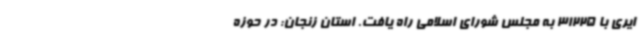
ایری با 31225 به مجلس شورای اسلامی راه یافت. استان زنجان: در حوزه